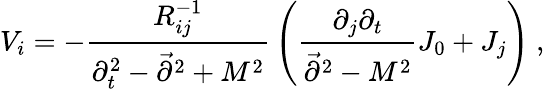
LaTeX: V_{i}=-{\frac{R_{ij}^{-1}}{\partial_{t}^{2}-\vec{\partial}^{2}+M^{2}}}\left({\frac{\partial_{j}\partial_{t}}{\vec{\partial}^{2}-M^{2}}}J_{0}+J_{j}\right)~,